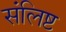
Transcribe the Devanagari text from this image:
संलिष्ट